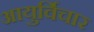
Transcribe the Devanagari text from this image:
आयुर्विचार